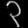
Digit: ၃